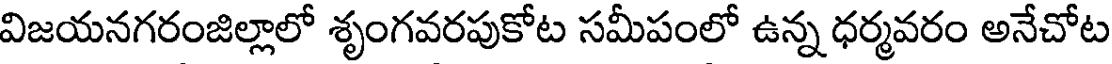
విజయనగరంజిల్లాలో శృంగవరపుకోట సమీపంలో ఉన్న ధర్మవరం అనేచోట